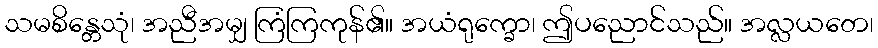
သမစိန္တေသုံ၊ အညီအမျှ ကြံကြကုန်၏။ အယံရုက္ခော၊ ဤပညောင်သည်။ အလ္လယတေ၊